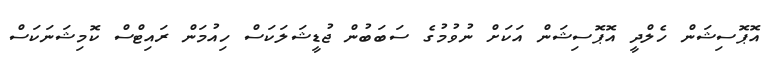
އޮޕޮސިޝަން ހެލްދީ އޮޕޮސިޝަން އަކަށް ނުވުމުގެ ސަބަބުން ޖުޑީޝަލަކަސް ހިއުމަން ރައިޓްސް ކޮމިޝަނަކަސް